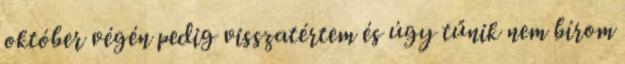
október végén pedig visszatértem és úgy tűnik nem bírom